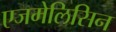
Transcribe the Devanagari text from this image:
एजमेलिसिन